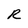
Character: R